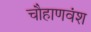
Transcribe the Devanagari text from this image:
चौहाणवंश